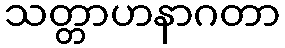
သတ္တာဟနာဂတာ